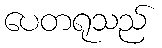
ပေတရုသည်